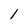
Character: l